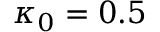
\kappa _ { 0 } = 0 . 5 \